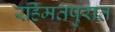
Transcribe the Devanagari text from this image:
रहिमतपुरात